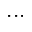
. . .